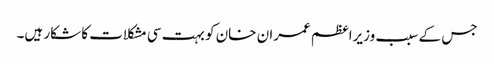
جس کے سبب وزیراعظم عمران خان کو بہت سی مشکلات کا شکار ہیں۔